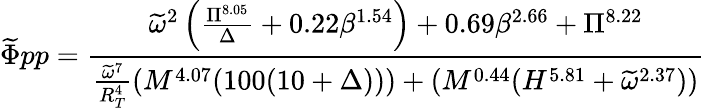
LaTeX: \widetilde\Phi{pp}=\frac{\widetilde\omega^{2}\left(\frac{\Pi^{8.05}}{\Delta}+0.22\beta^{1.54}\right)+0.69\beta^{2.66}+\Pi^{8.22}}{\frac{\widetilde\omega^{7}}{R_{T}^{4}}(M^{4.07}(100(10+\Delta)))+(M^{0.44}(H^{5.81}+\widetilde\omega^{2.37}))}